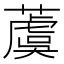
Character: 𦾚